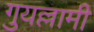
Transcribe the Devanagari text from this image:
गुयल्लामी